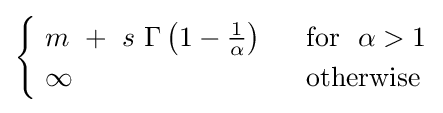
{\begin{cases}\ m\ +\ s\ \Gamma \left(1-{\tfrac {1}{\alpha }}\right)~~&{\text{for }}~\alpha >1\\\ \infty &{\text{otherwise}}\end{cases}}